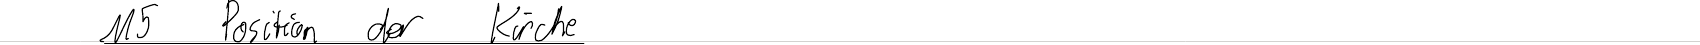
M5 Position der Kirche